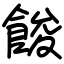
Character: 餕